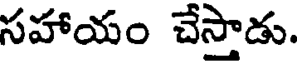
సహాయం చేస్తాడు.